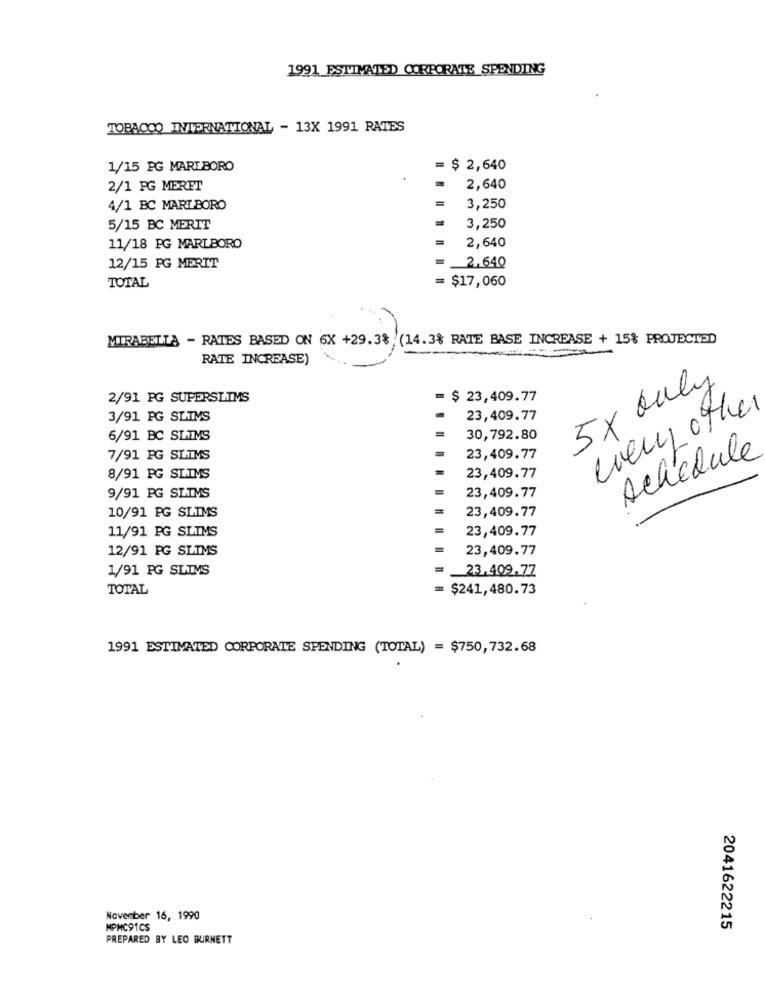
1991 ESTIMATED CORPORATE SPENDING
TOBACCO INTERNATIONAL - 13X 1991 RATES
1/15 PG MARLBORO
= $ 2,640
2/1 PG MERET
2,640
4/1 BC MART BORO
3,250
5/15 BC MERIT
3,250
2,640
11/18 PG MARLBORO
12/15 PG MERIT
2,640
= $17,060
TOTAL
MIRABELLA - RATES BASED ON 6X +29.3% (14.3% RATE BASE INCREASE + 15% PROJECTED
RATE INCREASE)
5x ouly
2/91 PG SUPERSLIMS
= $ 23,409.77
every other
3/91 PG SLIMS
23,409.77
6/91 BC SLIMS
30,792.80
schedule
7/91 PG SLIMS
23,409.77
8/91 PG SLIMS
23,409.77
9/91 PG SLIMS
23,409.77
10/91 PG SLIMS
23,409.77
11/91 PG SLIMS
23,409.77
12/91 PG SLIMS
23,409.77
1/91 PG SLIMS
23.409.77
TOTAL
= $241,480.73
1991 ESTIMATED CORPORATE SPENDING (TOTAL) = $750,732.68
November 16, 1990
MPHC91CS
2041622215
PREPARED BY LEO BURNETT